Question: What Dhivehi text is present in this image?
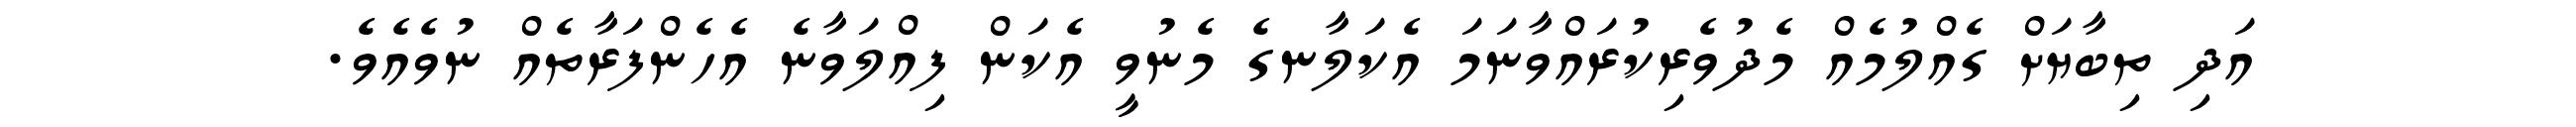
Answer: އަދި ތިބާޔަށް ގެއްލުމެއް މެދުވެރިކުރައްވާނަމަ އެކަލާނގެ މެނުވީ އެކަން ފިއްލަވާނެ އެހެންފަރާތެއް ނުވެއެވެ.